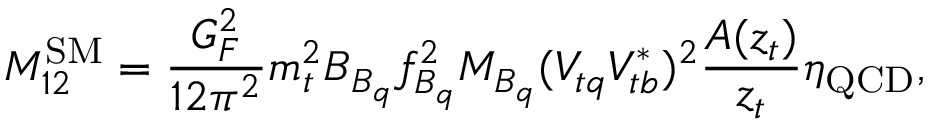
M _ { 1 2 } ^ { \mathrm { S M } } = \frac { G _ { F } ^ { 2 } } { 1 2 \pi ^ { 2 } } m _ { t } ^ { 2 } B _ { B _ { q } } f _ { B _ { q } } ^ { 2 } M _ { B _ { q } } ( V _ { t q } V _ { t b } ^ { * } ) ^ { 2 } \frac { A ( z _ { t } ) } { z _ { t } } \eta _ { \mathrm { Q C D } } ,